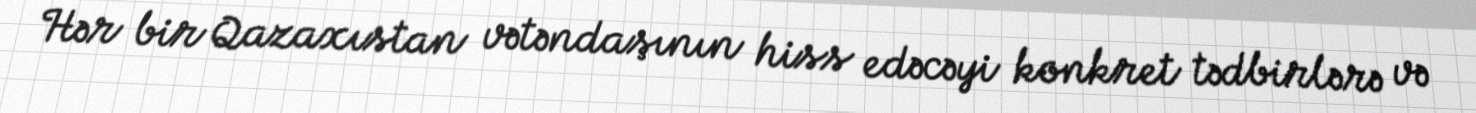
Hər bir Qazaxıstan vətəndaşının hiss edəcəyi konkret tədbirlərə və